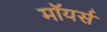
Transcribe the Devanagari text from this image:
मॉयर्स